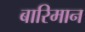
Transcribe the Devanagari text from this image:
बारिमान